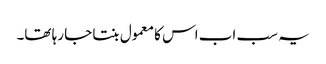
یہ سب اب اس کا معمول بنتا جا رہا تھا۔